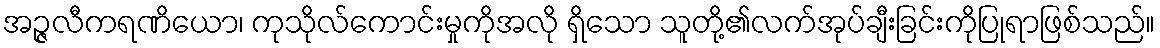
အဉ္ဇလီကရဏိယော၊ ကုသိုလ်ကောင်းမှုကိုအလို ရှိသော သူတို့၏လက်အုပ်ချီးခြင်းကိုပြုရာဖြစ်သည်။